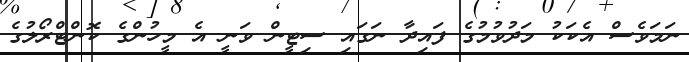
ނަމަވެސް އެކަކު މަދުވުމުގެ ފައިދާ ނަގައި ސިޓީން ވަނީ އެ މީހުންގެ ކޮންޓްރޯލުގެ